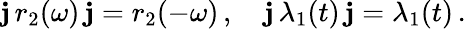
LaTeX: \mathbf{j}\, r_{2}(\omega)\, \mathbf{j}=r_{2}(-\omega)\, ,\quad\mathbf{j}\, \lambda_{1}(t)\, \mathbf{j}=\lambda_{1}(t)\, .